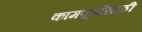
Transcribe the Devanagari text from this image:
कामपूर्तीसाठी